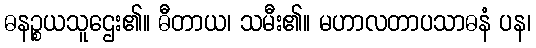
ဓနဉ္စယသူဌေး၏။ ဓီတာယ၊ သမီး၏။ မဟာလတာပသာဓနံ ပန၊